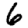
Digit: 6